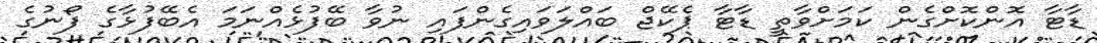
ޑާޓާ އޮންކޮށްގެން ކަމަށްވާތީ ޑާޓާ ޕެކޭޖް ބައްލަވައިގެންފައި ނުވާ ބޭފުޅެއްނަމަ އެބޭފުޅާގެ ފޯނުގެ